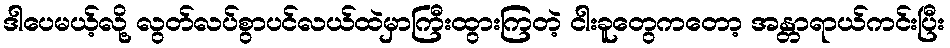
ဒါပေမယ့်လို့ လွတ်လပ်စွာပင်လယ်ထဲမှာကြီးထွားကြတဲ့ ငါးခူတွေကတော့ အန္တာရာယ်ကင်းပြီး